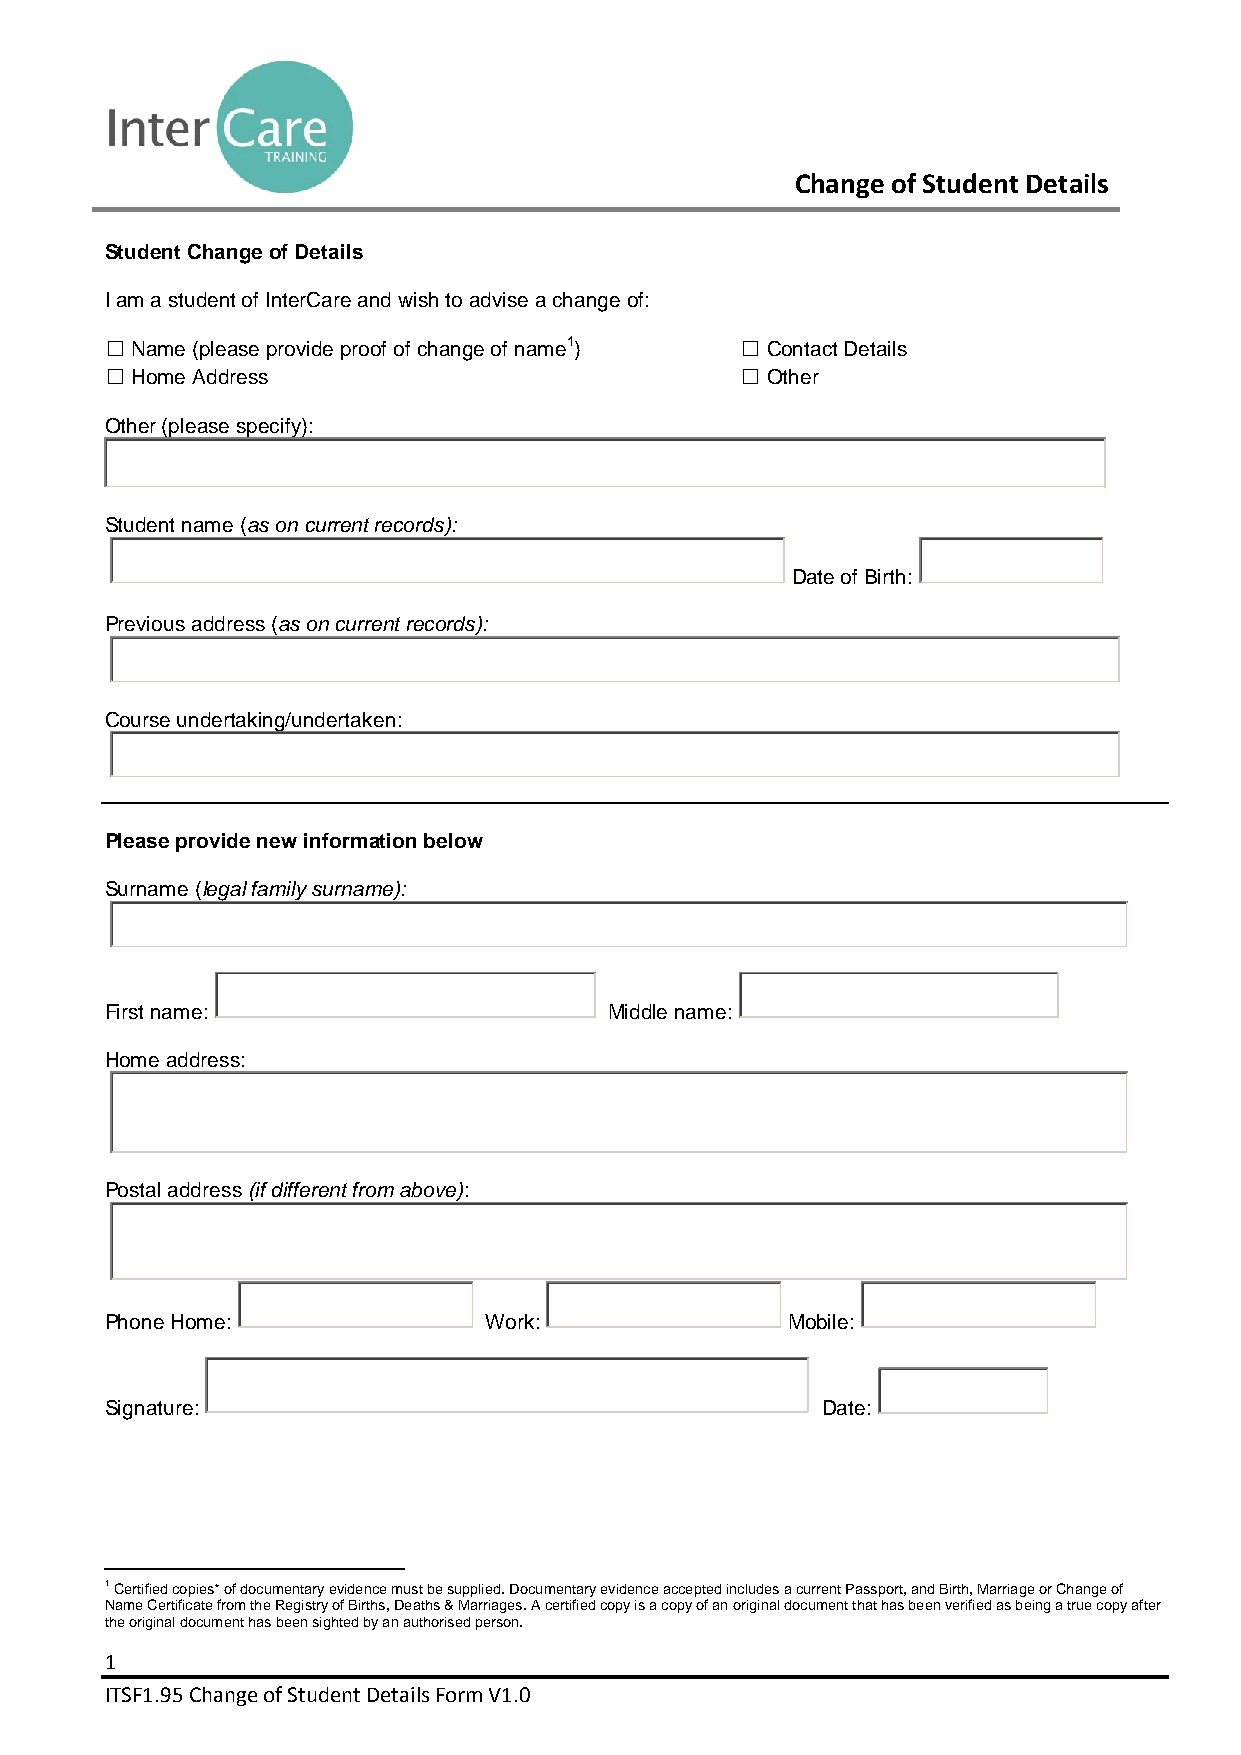
Change of Student Details
 Student Change of Details
 I am a student of InterCare and wish to advise a change of:
 ☐ Name (please provide proof of change of name1) ☐ Contact Details
 ☐ Home Address                            ☐ Other
 Other (please specify):
 Student name (as on current records):
 Date of Birth:
 Previous address (as on current records):
 Course undertaking/undertaken:
 Please provide new information below
 Surname (legal family surname):
 First name:                      Middle name:
 Home address:
 Postal address (if different from above):
 Phone Home:              Work:               Mobile:
 Signature:                                     Date:
 1 Certified copies* of documentary evidence must be supplied. Documentary evidence accepted includes a current Passport, and Birth, Marriage or Change of
 Name Certificate from the Registry of Births, Deaths & Marriages. A certified copy is a copy of an original document that has been verified as being a true copy after
 the original document has been sighted by an authorised person.
 1
 ITSF1.95 Change of Student Details Form V1.0